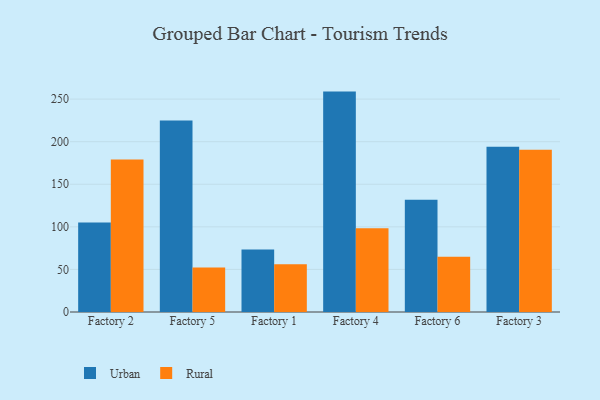
{"axis": {"x": "Factory", "y": "Production Output"}, "legend": ["Rural", "Urban"], "data": [{"x": "Factory 2", "y": 105.1, "type": "Urban"}, {"x": "Factory 2", "y": 179.2, "type": "Rural"}, {"x": "Factory 5", "y": 224.8, "type": "Urban"}, {"x": "Factory 5", "y": 52.3, "type": "Rural"}, {"x": "Factory 1", "y": 73.3, "type": "Urban"}, {"x": "Factory 1", "y": 56.0, "type": "Rural"}, {"x": "Factory 4", "y": 258.8, "type": "Urban"}, {"x": "Factory 4", "y": 98.3, "type": "Rural"}, {"x": "Factory 6", "y": 131.8, "type": "Urban"}, {"x": "Factory 6", "y": 65.0, "type": "Rural"}, {"x": "Factory 3", "y": 194.0, "type": "Urban"}, {"x": "Factory 3", "y": 190.4, "type": "Rural"}]}